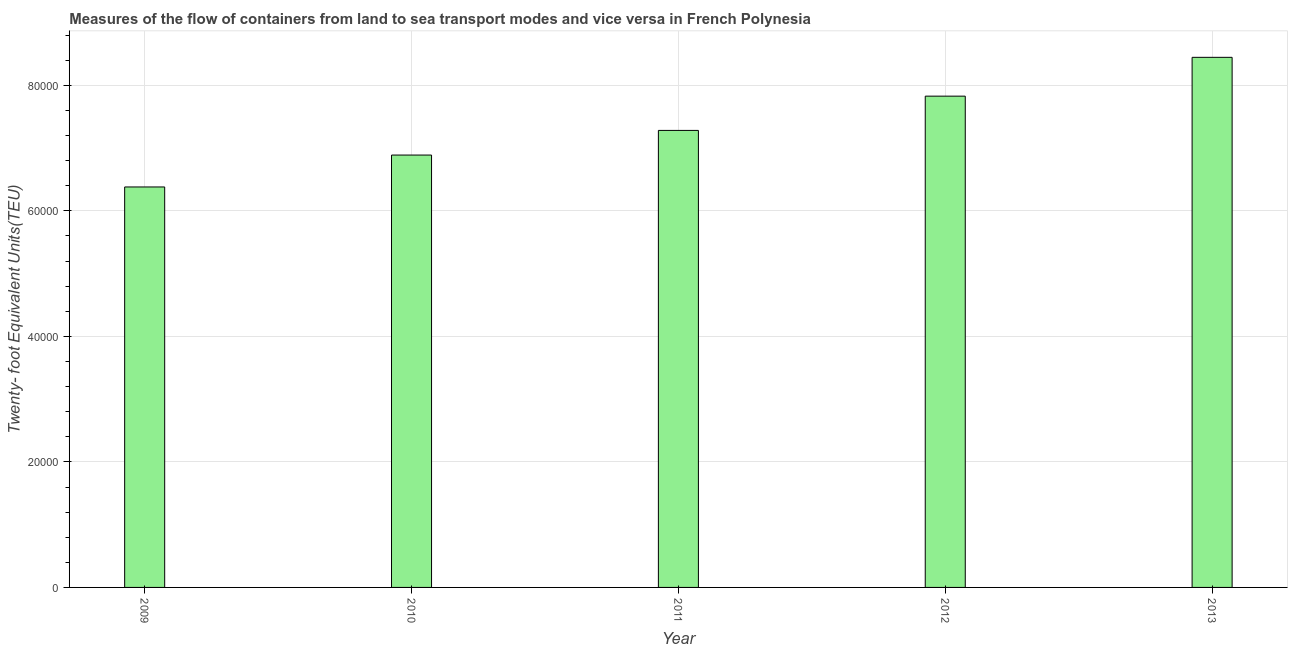
| Year | Container port traffic |
 | --- | --- |
 | 2009 | 6.38e+04 |
 | 2010 | 6.89e+04 |
 | 2011 | 7.28e+04 |
 | 2012 | 7.83e+04 |
 | 2013 | 8.45e+04 |